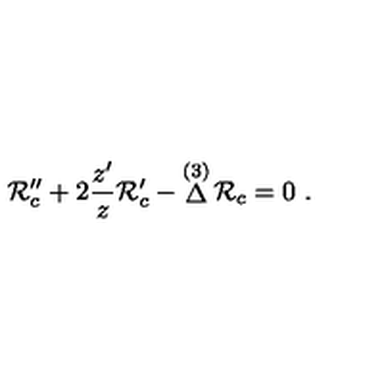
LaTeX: { \cal R } _ { c } ^ { \prime \prime } + 2 { \frac { z ^ { \prime } } { z } } { \cal R } _ { c } ^ { \prime } - \mathop \Delta ^ { ( 3 ) } { \cal R } _ { c } = 0 \ .